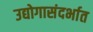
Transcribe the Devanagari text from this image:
उद्योगासंदर्भात